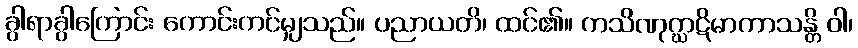
ခွါရာခွါကြောင်း ကောင်းကင်မျှသည်။ ပညာယတိ၊ ထင်၏။ ကသိဏုဂ္ဃာဋိမာကာသန္တိ ဝါ၊